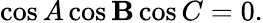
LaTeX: \displaystyle\cos{A}\cos{\mathbf{B}}\cos{C}=0.